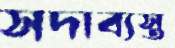
সদাব্যস্ত